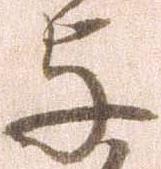
与